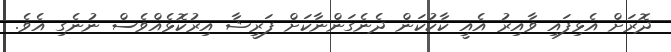
ދޮރަށް އެޅިފައި ވާއިރު އެއީ ކާކުކަން ދެނެގަންނާކަށް ފަރީޝާ އިރުކޮޅެއްވެސް ނުނެގި އެވެ.